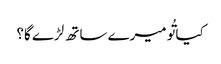
کیا تُو میرے ساتھ لڑے گا؟